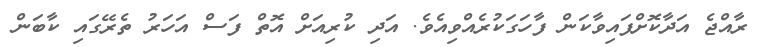
ރާއްޖެ އަދާކޮށްފައިވާކަން ފާހަގަކުރެއްވިއެވެ. އަދި ކުރިއަށް އޮތް ފަސް އަހަރު ތެރޭގައި ކާބަން